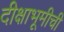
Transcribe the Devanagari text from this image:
दीक्षाभूमीची